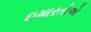
ઇમારતોએ